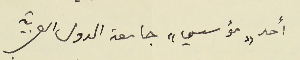
أحد "مؤسسي" جامعة الدول العربية